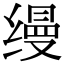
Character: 缦